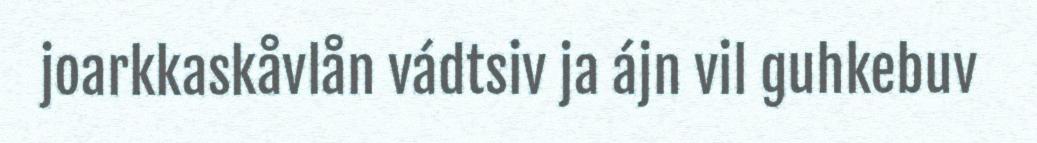
joarkkaskåvlån vádtsiv ja ájn vil guhkebuv